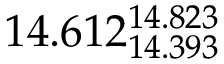
1 4 . 6 1 2 _ { 1 4 . 3 9 3 } ^ { 1 4 . 8 2 3 }